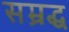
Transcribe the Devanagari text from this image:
सम्रद्ध